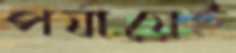
পর্যায়েই